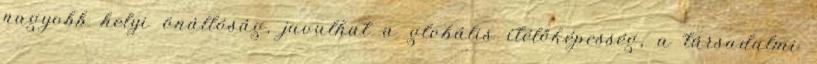
nagyobb helyi önállóság, javulhat a globális ítélőképesség, a társadalmi